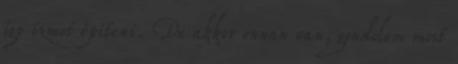
így izmot építeni. De akkor onnan van, gondolom most